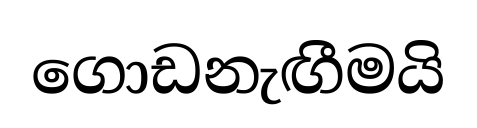
ගොඩනැඟීමයි